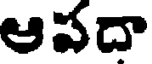
ఆపదా